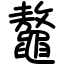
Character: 鼇